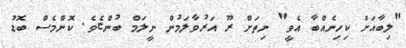
"ލިބާއަށް ކިހިނެއްބާ އެވީ" ނިތަށް ރޫ އަރުވާލަމުން ނީލަމް ބުންޏެވެ. ކޮންމެސް ބޮޑު